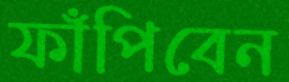
ফাঁপিবেন